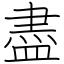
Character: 盡